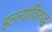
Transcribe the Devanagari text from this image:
हल्ल्यांविरुद्ध